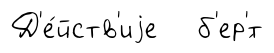
Д'е́йств'иjе б'ер'́т